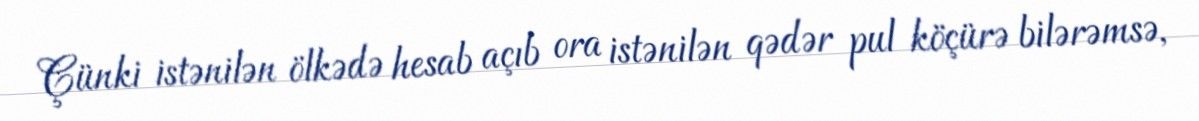
Çünki istənilən ölkədə hesab açıb ora istənilən qədər pul köçürə bilərəmsə,